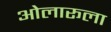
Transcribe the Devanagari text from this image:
ओलारूला